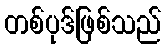
တစ်ပုဒ်ဖြစ်သည်